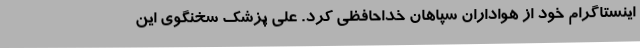
اینستاگرام خود از هواداران سپاهان خداحافظی کرد. علی پزشک سخنگوی این